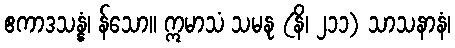
ဧကာဒသန္နံ၊ န်သော။ ဣမာသံ သမနု (နိ၊ ၂၁၁) သာသနာနံ၊